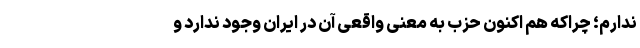
ندارم؛ چراکه هم اکنون حزب به معنی واقعی آن در ایران وجود ندارد و